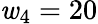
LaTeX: \mathit{w}_{4}=20